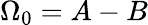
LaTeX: \Omega_{0}=A-B